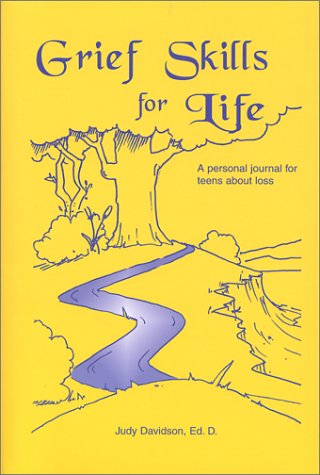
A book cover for Grief Skills for Life: A Personal Journal for Adolescents About Loss; Teen & Young Adult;